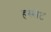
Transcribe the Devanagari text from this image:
हस्सेट